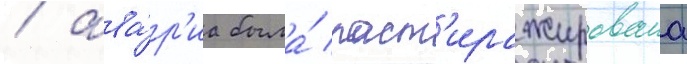
/ ава́р'иа была́ раст'иражирована